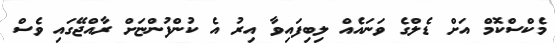
މެކްސްކޮމް އަށް ޑެލްގެ ވަނައެއް ލިބިފައިވާ އިރު އެ ކުންފުންޏަށް ރާއްޖޭގައި ވެސް